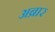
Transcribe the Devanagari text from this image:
अब्रार